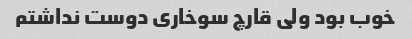
خوب بود ولی قارچ سوخاری دوست نداشتم